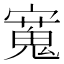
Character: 𫴒